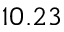
1 0 . 2 3